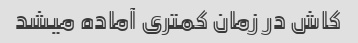
کاش در زمان‌ کمتری آماده میشد